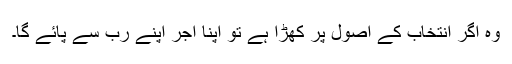
وہ اگر انتخاب کے اصول پر کھڑا ہے تو اپنا اجر اپنے رب سے پائے گا۔